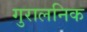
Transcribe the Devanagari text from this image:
गुरालनिक